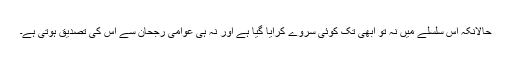
حالانکہ اس سلسلے میں نہ تو ابھی تک کوئی سروے کرایا گیا ہے اور نہ ہی عوامی رجحان سے اس کی تصدیق ہوتی ہے۔